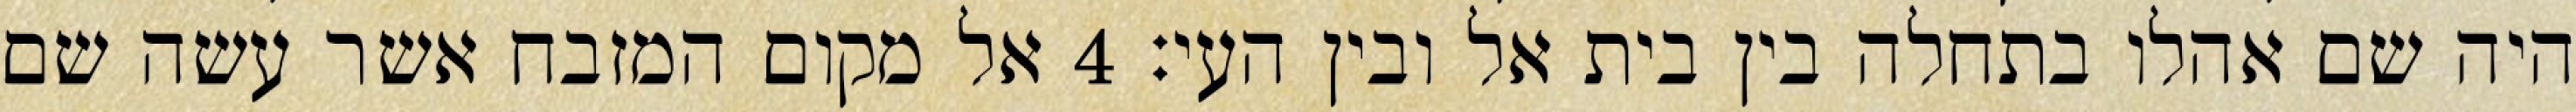
היה שם אהלו בתחלה בין בית אל ובין העי׃ ‎4‏ אל מקום המזבח אשר עשה שם